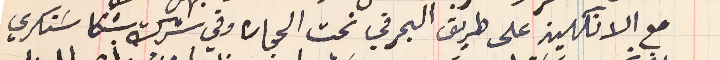
مع الانكليز على طريق البحر في نحت الحجاره وفي شركة شكا سَنكري